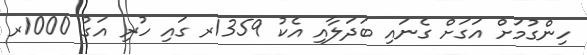
ހިންގުމަށް އަގަށް ގެނައި ބަދަލާއި އެކު 1359ރ ގައި ހުރި އަގު 1000ރ